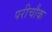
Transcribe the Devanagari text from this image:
परीचौक